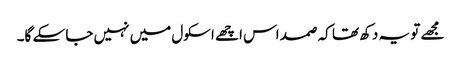
مجھے تو یہ دکھ تھا کہ صمد اس اچھے اسکول میں نہیں جا سکے گا۔